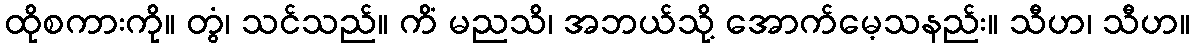
ထိုစကားကို။ တွံ၊ သင်သည်။ ကိံ မညသိ၊ အဘယ်သို့ အောက်မေ့သနည်း။ သီဟ၊ သီဟ။